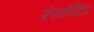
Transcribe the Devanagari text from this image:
फ्रेस्कोपेंटिंग